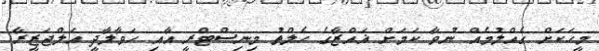
މީހަކަށް ގެއްލުމެއް ނުވާ ކަމަށް ޣައްޒާގެ ހެލްތު މިނިސްޓްރީ އާއި ހަވާލާދީ އަލްޖަޒީރާ